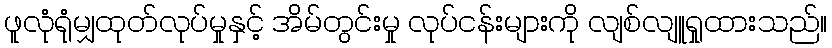
ဖူလုံရုံမျှထုတ်လုပ်မှုနှင့် အိမ်တွင်းမှု လုပ်ငန်းများကို လျစ်လျူရှုထားသည်။